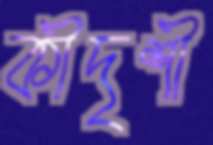
কীদৃশী